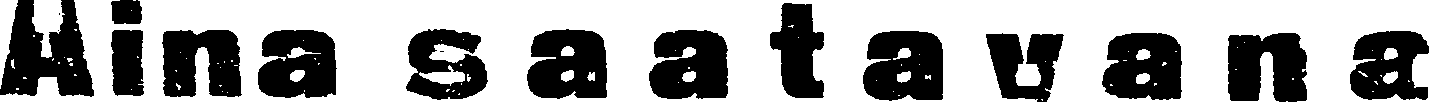
Aina saatavana